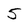
Character: 5